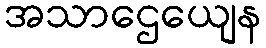
အသာဌေယျေန